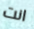
انت